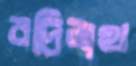
বদ্রিনাথ